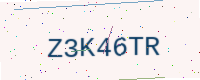
Text: Z3K46TR